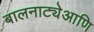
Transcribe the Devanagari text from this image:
बालनाट्येआणि